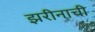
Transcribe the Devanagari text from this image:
झरीनाची